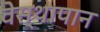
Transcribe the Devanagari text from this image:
वेस्थापान